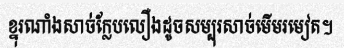
ខ្នុរណាំងសាច់ក្លែបលឿងដូចសម្បុរសាច់មើមរមៀត។